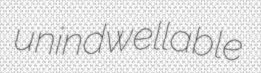
unindwellable